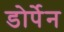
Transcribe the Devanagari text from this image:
डोर्पेन